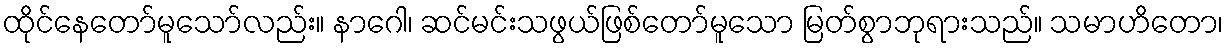
ထိုင်နေတော်မူသော်လည်း။ နာဂေါ၊ ဆင်မင်းသဖွယ်ဖြစ်တော်မူသော မြတ်စွာဘုရားသည်။ သမာဟိတော၊